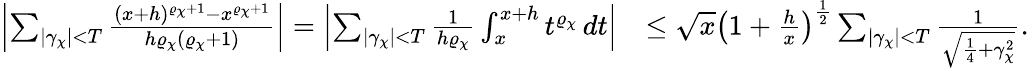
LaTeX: \begin{array}{rl}{\left|\sum_{|\gamma_{\chi}|<T}\frac{(x+h)^{\varrho_{\chi}+1}-x^{\varrho_{\chi}+1}}{h\varrho_{\chi}(\varrho_{\chi}+1)}\right|=\left|\sum_{|\gamma_{\chi}|<T}\frac{1}{h\varrho_{\chi}}\int_{x}^{x+h}t^{\varrho_{\chi}}\, dt\right|}&{\leq\sqrt{x}\left(1+\frac{h}{x}\right)^{\frac{1}{2}}\sum_{|\gamma_{\chi}|<T}\frac{1}{\sqrt{\frac{1}{4}+\gamma_{\chi}^{2}}}.}\end{array}